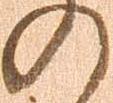
の